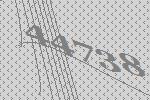
44738